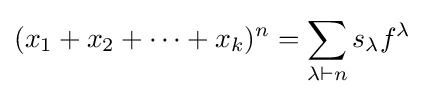
(x_{1}+x_{2}+\cdots +x_{k})^{n}=\sum _{\lambda \vdash n}s_{\lambda }f^{\lambda }